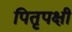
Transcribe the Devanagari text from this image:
पितृपक्षी